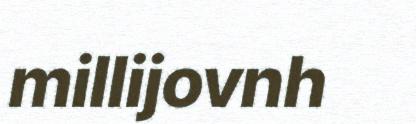
millijovnh